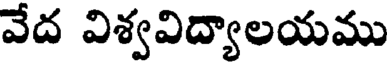
వేద విశ్వవిద్యాలయము